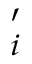
{ \bf \chi } _ { i } ^ { \prime }